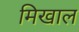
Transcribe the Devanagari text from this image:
मिखाल